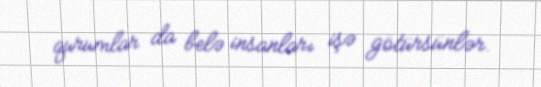
qurumlar da belə insanları işə götürsünlər.